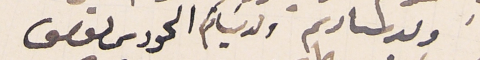
ولد سيادتم ولد سَياكم الحورى ىوسَف